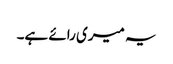
یہ میری رائے ہے۔